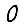
Digit: 0